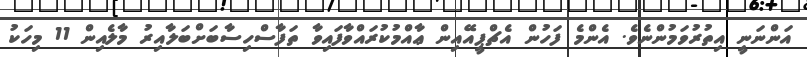
އަންނަނީ އިތުރުވަމުންނެވެ. އެންމެ ފަހުން އެޗްޕީއޭއިން ޢާއްމުކުރައްވާފައިވާ ތަފާސްހިސާބަށްބަލާއިރު މާލެއިން 11 މިހަކު